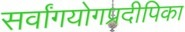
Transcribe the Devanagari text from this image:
सर्वांगयोगप्रदीपिका